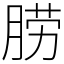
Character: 𦛨